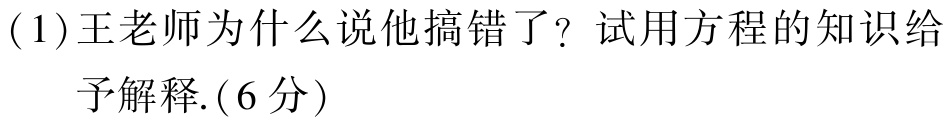
(1)王老师为什么说他搞错了？试用方程的知识给
予解释.(6分)